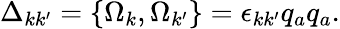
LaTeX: \Delta_{kk^{\prime}}=\{ \Omega_{k},\Omega_{k^{\prime}}\} =\epsilon_{kk^{\prime}}q_{a}q_{a}.